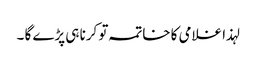
لہذا غلامی کا خاتمہ تو کرنا ہی پڑے گا ۔